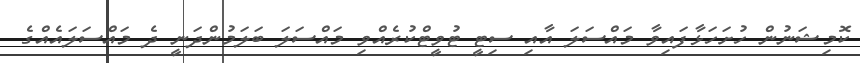
ކޮމިޝަނުން ހުށަހަޅާފައިވާ މައްސަލަ އާއި ސިޓީ ޓުވީޓްކުރެއްވި މައްސަލަ ބަލަމުންދަނީ ދެ މައްސަލައެއްގެ